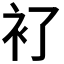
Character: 𧘈